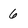
Character: 6